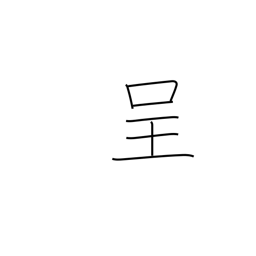
Meaning: present